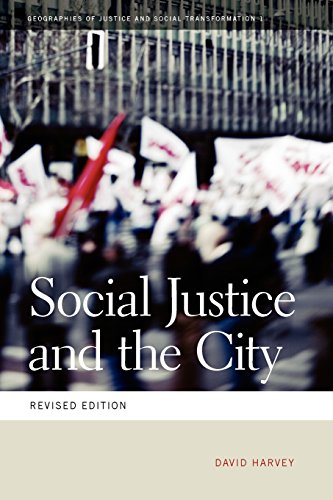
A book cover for Social Justice and the City (Geographies of Justice and Social Transformation); David Harvey; Politics & Social Sciences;